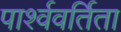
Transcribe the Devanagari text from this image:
पार्श्ववर्तिता